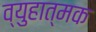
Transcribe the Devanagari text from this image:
व्युहात्मक